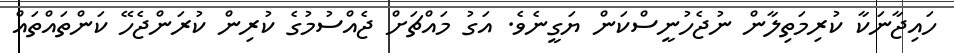
ހައިޖާނަކާ ކުރިމަތިލާން ނުޖެހުނީސްކަން ޔަގީނެވެ. އަގު މައްޗަށް ޖެއްސުމުގެ ކުރިން ކުރަންޖެހޭ ކަންތައްތައް